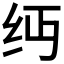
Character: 𬘔